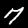
Label: 7